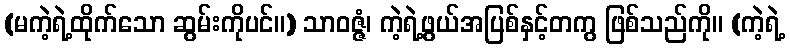
(မကဲ့ရဲ့ထိုက်သော ဆွမ်းကိုပင်။) သာဝဇ္ဇံ၊ ကဲ့ရဲ့ဖွယ်အပြစ်နှင့်တကွ ဖြစ်သည်ကို။ (ကဲ့ရဲ့